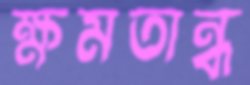
ক্ষমতান্ধ